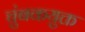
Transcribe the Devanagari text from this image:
चुंबकयुक्त